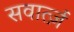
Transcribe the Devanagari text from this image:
सवार्त्ज़